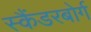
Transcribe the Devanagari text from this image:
स्कैंडरबोर्ग